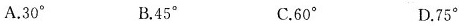
A.30° B.45° C.60° D.75°